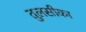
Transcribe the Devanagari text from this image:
तुलसीका